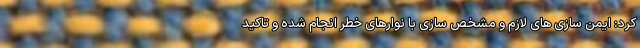
کرد: ایمن سازی های لازم و مشخص سازی با نوارهای خطر انجام شده و تاکید